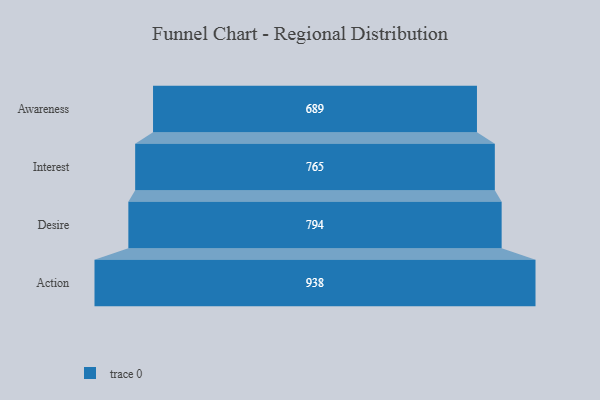
{"axis": {"x": "Stage", "y": "Value"}, "legend": [""], "data": [{"x": "Awareness", "y": 689.0, "type": ""}, {"x": "Interest", "y": 765.0, "type": ""}, {"x": "Desire", "y": 794.0, "type": ""}, {"x": "Action", "y": 938.0, "type": ""}]}